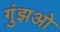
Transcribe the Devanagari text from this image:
गुंझओ